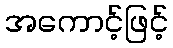
အကောင့်ဖြင့်